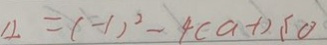
1 2 = ( - 1 ) ^ { 2 } - 4 ( a - 1 ) \leq 0